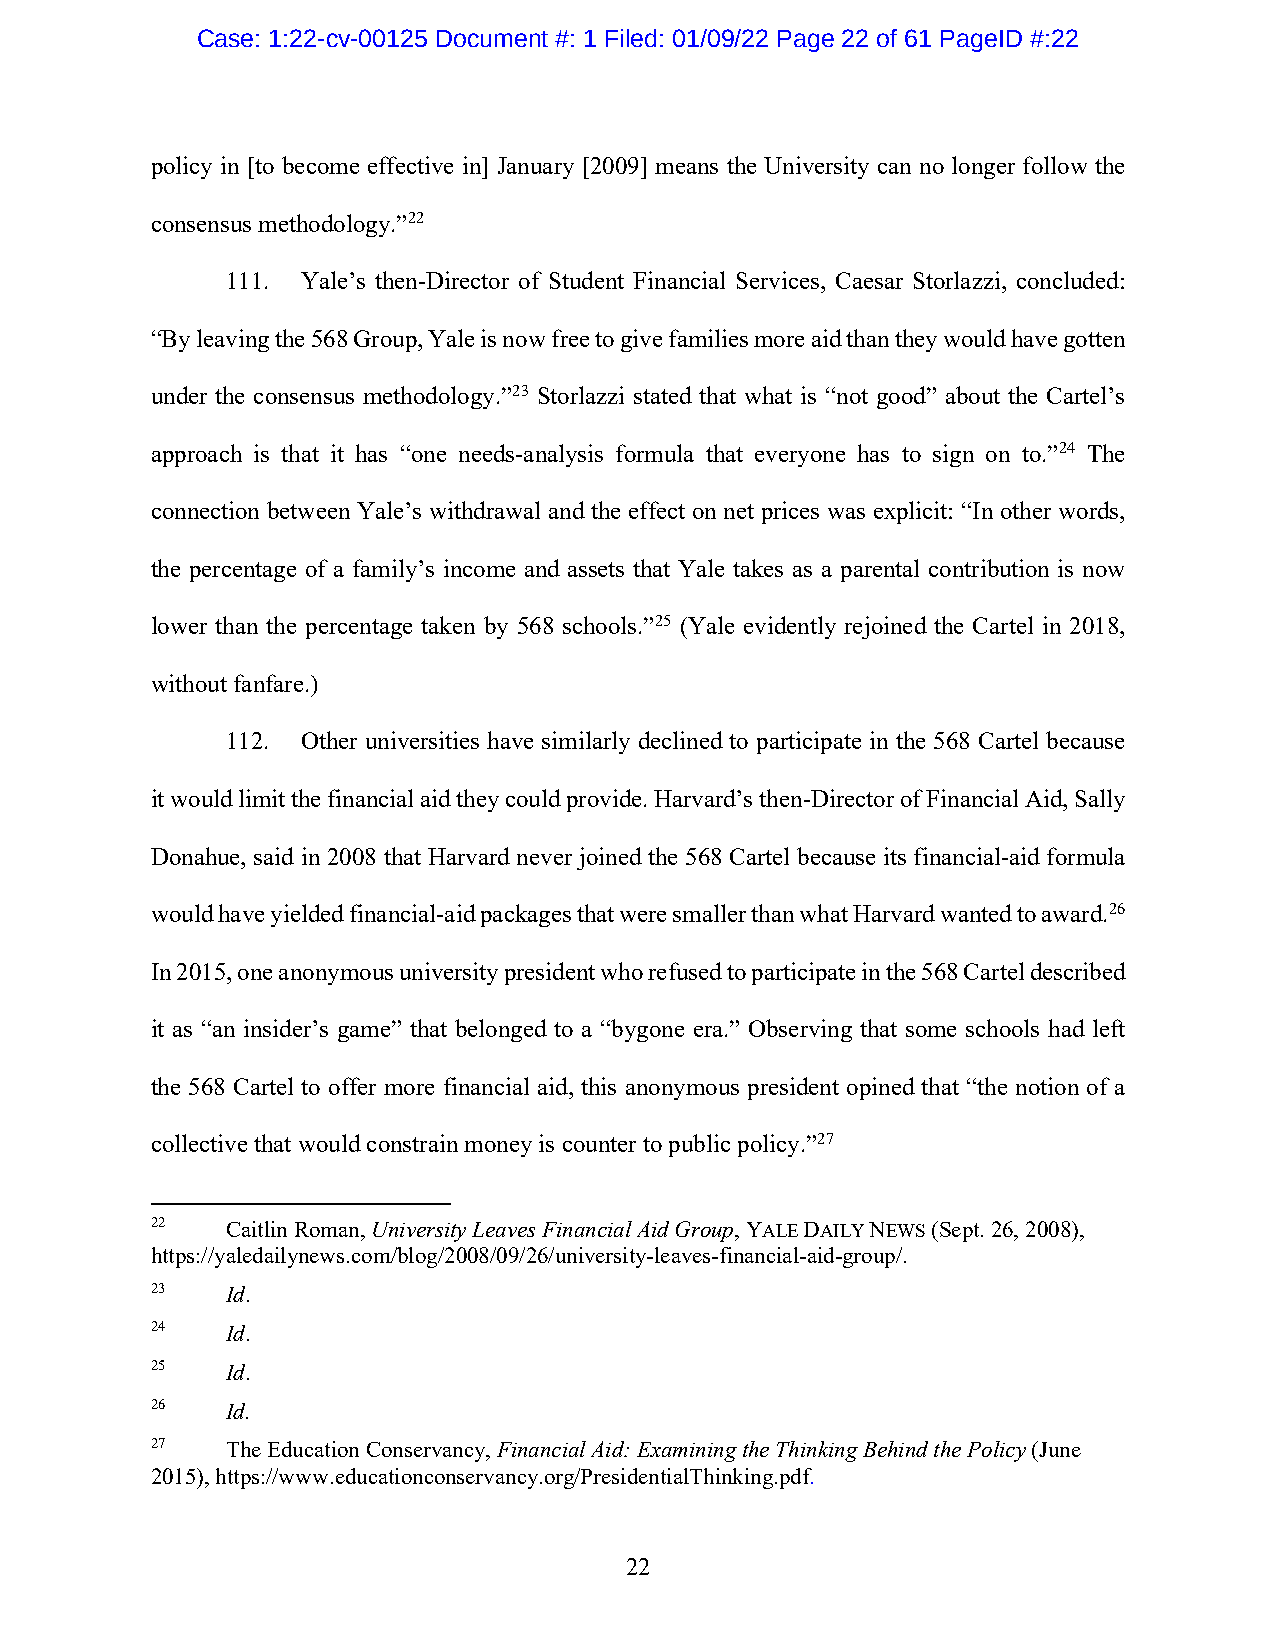
Case: 1:22-cv-00125 Document #: 1 Filed: 01/09/22 Page 22 of 61 PageID #:22
 policy in [to become effective in] January [2009] means the University can no longer follow the
 consensus methodology.”22
 111. Yale’s then-Director of Student Financial Services, Caesar Storlazzi, concluded:
 “By leaving the 568 Group, Yale is now free to give families more aid than they would have gotten
 under the consensus methodology.”23 Storlazzi stated that what is “not good” about the Cartel’s
 approach is that it has “one needs-analysis formula that everyone has to sign on to.”24 The
 connection between Yale’s withdrawal and the effect on net prices was explicit: “In other words,
 the percentage of a family’s income and assets that Yale takes as a parental contribution is now
 lower than the percentage taken by 568 schools.”25 (Yale evidently rejoined the Cartel in 2018,
 without fanfare.)
 112. Other universities have similarly declined to participate in the 568 Cartel because
 it would limit the financial aid they could provide. Harvard’s then-Director of Financial Aid, Sally
 Donahue, said in 2008 that Harvard never joined the 568 Cartel because its financial-aid formula
 would have yielded financial-aid packages that were smaller than what Harvard wanted to award.26
 In 2015, one anonymous university president who refused to participate in the 568 Cartel described
 it as “an insider’s game” that belonged to a “bygone era.” Observing that some schools had left
 the 568 Cartel to offer more financial aid, this anonymous president opined that “the notion of a
 collective that would constrain money is counter to public policy.”27
 22   Caitlin Roman, University Leaves Financial Aid Group, YALE DAILY NEWS (Sept. 26, 2008),
 https://yaledailynews.com/blog/2008/09/26/university-leaves-financial-aid-group/.
 23   Id.
 24   Id.
 25   Id.
 26   Id.
 27   The Education Conservancy, Financial Aid: Examining the Thinking Behind the Policy (June
 2015), https://www.educationconservancy.org/PresidentialThinking.pdf.
 22